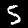
Digit: 5